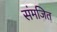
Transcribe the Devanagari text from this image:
संमजित